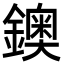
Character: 鐭